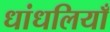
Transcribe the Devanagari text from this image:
धांधलियाँ